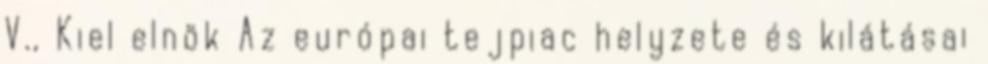
V., Kiel elnök Az európai tejpiac helyzete és kilátásai